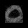
Digit: ၀